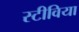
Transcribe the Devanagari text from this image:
स्टीविया